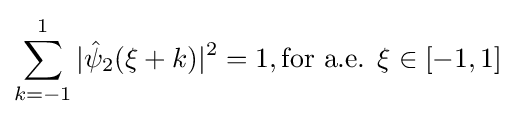
\sum _{k=-1}^{1}|{\hat {\psi }}_{2}(\xi +k)|^{2}=1,{\text{for a.e. }}\xi \in \left[-1,1\right]